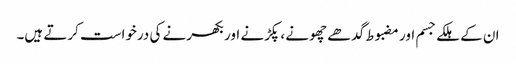
ان کے ہلکے جسم اور مضبوط گدھے چھونے ، پکڑنے اور بکھرنے کی درخواست کرتے ہیں۔